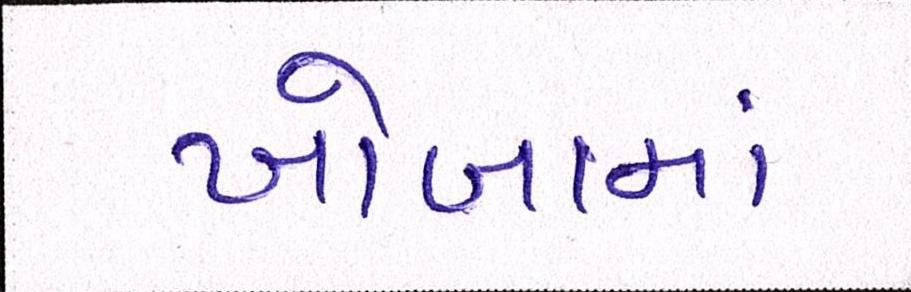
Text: ખોબામાં